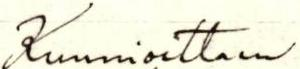
Kunnioittaen